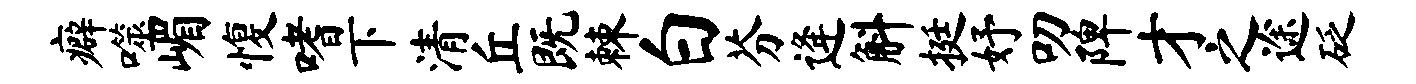
癖噬嵋愎嗜下清丘既棘白芬逄斛挺妤叨陴才之途砭